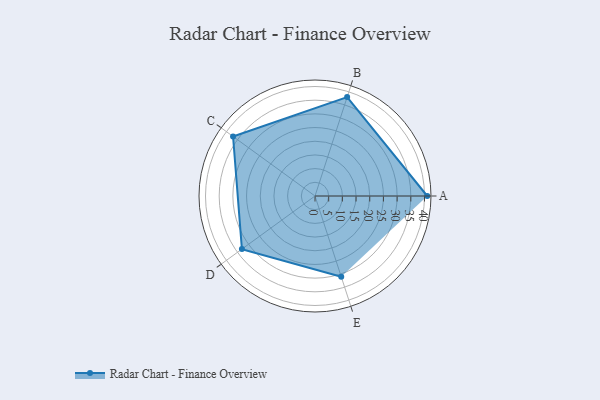
{"axis": {"x": "Skill", "y": "Score"}, "legend": ["Profile"], "data": [{"x": "A", "y": 41.0, "type": "Profile"}, {"x": "B", "y": 38.0, "type": "Profile"}, {"x": "C", "y": 37.0, "type": "Profile"}, {"x": "D", "y": 33.0, "type": "Profile"}, {"x": "E", "y": 31.0, "type": "Profile"}]}